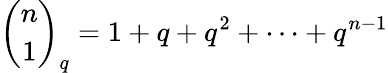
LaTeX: {\binom{n}{1}}_{q}=1+q+q^{2}+\cdots+q^{n-1}